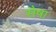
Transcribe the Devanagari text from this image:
सैषा